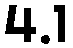
4.1